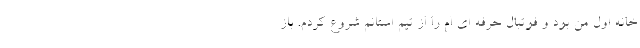
خانه اول من بود و فوتبال حرفه ای ام را از تیم استانم شروع کردم. باز